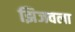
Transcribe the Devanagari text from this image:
झिजवला